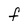
Character: F